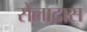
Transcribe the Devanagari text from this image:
सेलादास